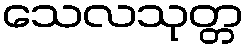
သေလသုတ္တ